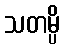
သတမ္ပိ